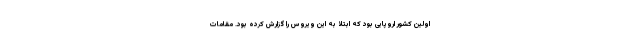
اولین کشور اروپایی بود که ابتلا به این ویروس را گزارش کرده بود. مقامات